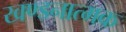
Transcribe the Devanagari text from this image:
खण्डनात्मक